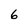
Character: 6